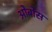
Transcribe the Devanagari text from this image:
ओबोस